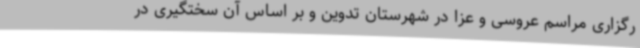
رگزاری مراسم عروسی و عزا در شهرستان تدوین و بر اساس آن سختگیری در